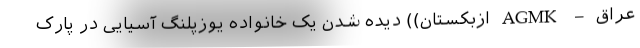
عراق – AGMK ازبکستان)) دیده شدن یک خانواده یوزپلنگ آسیایی در پارک